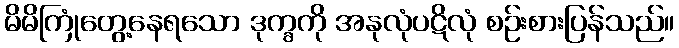
မိမိကြုံတွေ့နေရသော ဒုက္ခကို အနုလုံပဋိလုံ စဉ်းစားပြန်သည်။